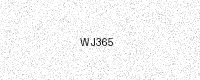
Text: WJ365